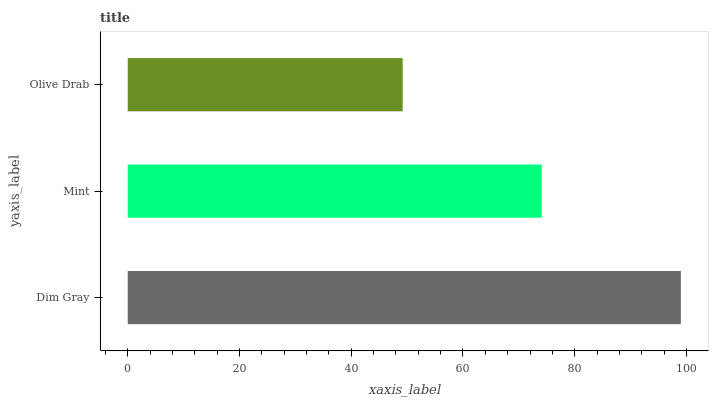
| yaxis_label | bars |
 | --- | --- |
 | Dim Gray | 99 |
 | Mint | 74.1 |
 | Olive Drab | 49.2 |